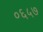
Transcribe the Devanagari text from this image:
०६५७